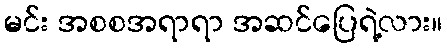
မင်း အစစအရာရာ အဆင်ပြေရဲ့လား။